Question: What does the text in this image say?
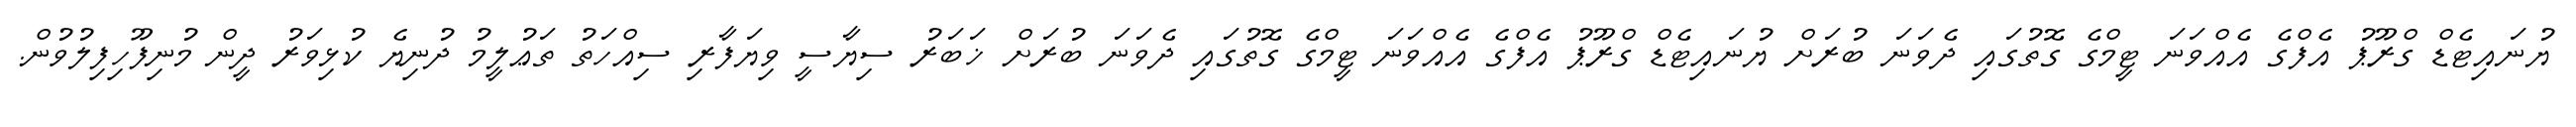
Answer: ޔުނައިޓެޑް ގްރޫޕު އެފްގެ އެއްވަނަ ޓީމްގެ ގޮތުގައި ދެވަނަ ބުރަށް ޔުނައިޓެޑް ގްރޫޕު އެފްގެ އެއްވަނަ ޓީމްގެ ގޮތުގައި ދެވަނަ ބުރަށް ޚަބަރު ސިޔާސީ ވިޔަފާރި ސިއްހަތު ތަޢުލީމު ދުނިޔެ ކުޅިވަރު ދީން މުނިފޫހިފިލުވުން.